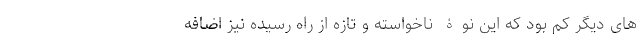
های دیگر کم بود که این نوۀ ناخواسته و تازه از راه رسیده نیز اضافه